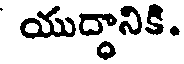
యుద్ధానికి.